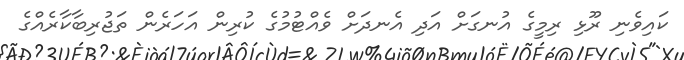
ކައިވެނި ރޫޅި ރިމީގެ އުނގަށް އަދި އެނދަށް ވެއްޓުމުގެ ކުރިން އަހަރެން ތަޖުރިބާކާރެއްގެ